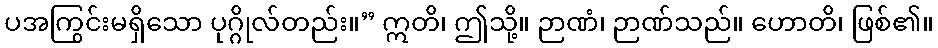
ပအကြွင်းမရှိသော ပုဂ္ဂိုလ်တည်း။” ဣတိ၊ ဤသို့။ ဉာဏံ၊ ဉာဏ်သည်။ ဟောတိ၊ ဖြစ်၏။